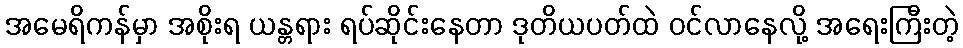
အမေရိကန်မှာ အစိုးရ ယန္တရား ရပ်ဆိုင်းနေတာ ဒုတိယပတ်ထဲ ဝင်လာနေလို့ အရေးကြီးတဲ့